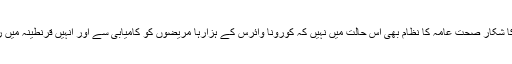
اس کے علاوہ برطانیہ میں پہلے ہی سے بہت زیادہ دباؤ کا شکار صحت عامہ کا نظام بھی اس حالت میں نہیں کہ کورونا وائرس کے ہزارہا مریضوں کو کامیابی سے اور انہیں قرنطینہ میں رکھتے ہوئے ان کے تسلی بخش علاج کو ممکن بنا سکے۔